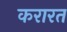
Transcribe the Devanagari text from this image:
करारत